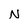
Character: N